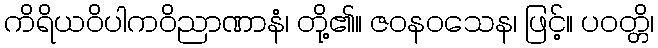
ကိရိယဝိပါကဝိညာဏာနံ၊ တို့၏။ ဇဝနဝသေန၊ ဖြင့်။ ပဝတ္တိ၊